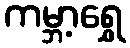
ကမ္ဘာ့ရွှေ